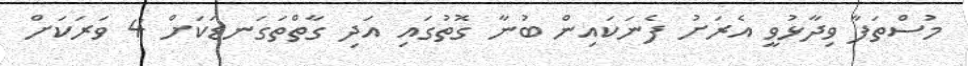
މުސްތަފާ ވިދާޅުވީ އެރަށު ފެނަކައިން ބުނާ ގޮތުގައި އަދި ގާތްތަގަނޑަކަށް 4 ވަރަކަށް